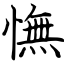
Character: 憮